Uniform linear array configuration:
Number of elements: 4
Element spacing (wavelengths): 0.75
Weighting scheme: exponential
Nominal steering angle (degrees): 60
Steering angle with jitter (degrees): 59.147
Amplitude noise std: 0.05
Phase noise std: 0.05

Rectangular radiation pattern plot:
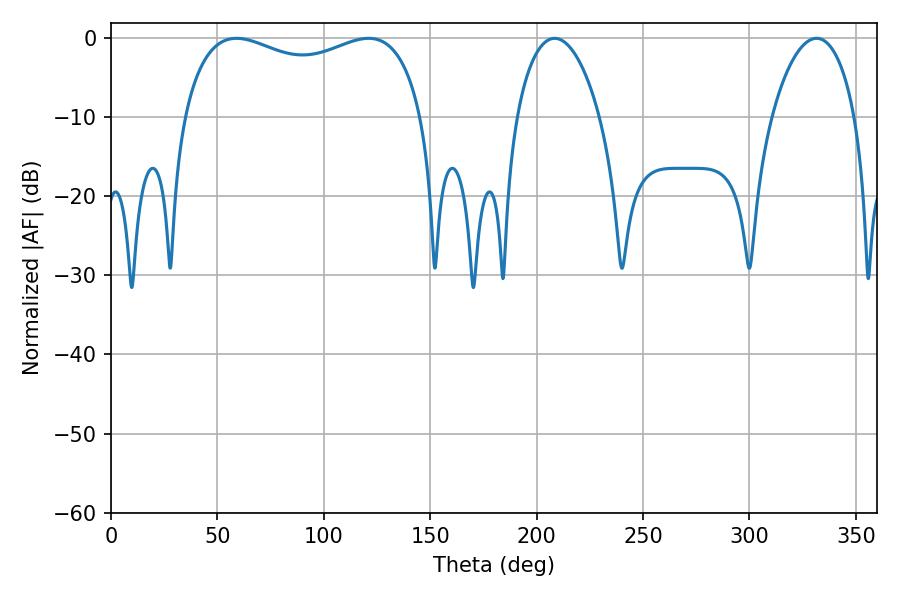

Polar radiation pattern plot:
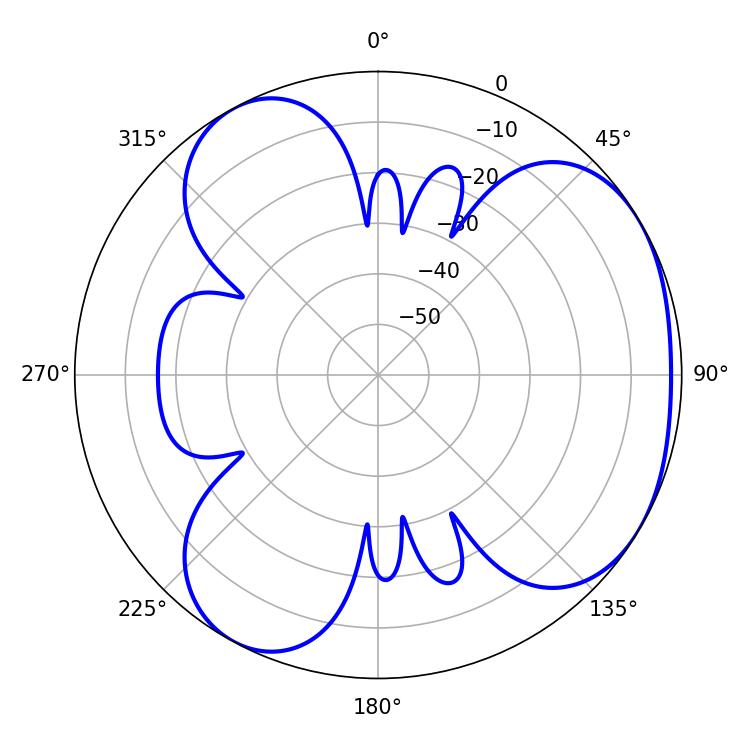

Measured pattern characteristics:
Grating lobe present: TRUE
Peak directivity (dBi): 3.931
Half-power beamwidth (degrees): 22.14
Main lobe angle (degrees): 208.44